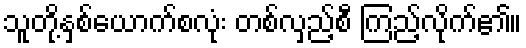
သူတို့နှစ်ယောက်စလုံး တစ်လှည့်စီ ကြည့်လိုက်၏။